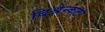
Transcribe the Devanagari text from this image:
बिश्रेन्कटर